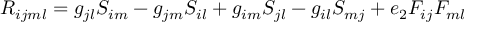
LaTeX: R _ { i j m l } = g _ { j l } S _ { i m } - g _ { j m } S _ { i l } + g _ { i m } S _ { j l } - g _ { i l } S _ { m j } + e _ { 2 } F _ { i j } F _ { m l }